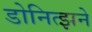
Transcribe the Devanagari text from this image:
डोनित्झने